Report of the Hyderabad Chloroform Commission
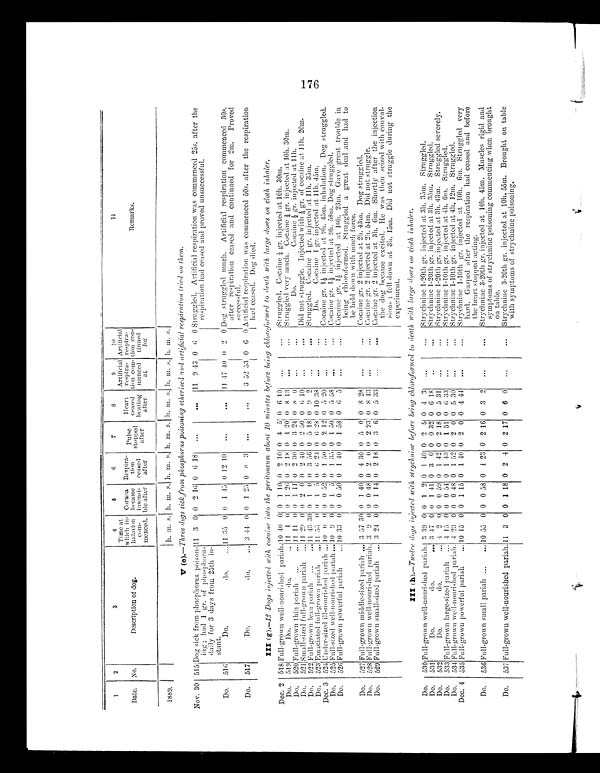
1
2
3
4
5 6
7
8
9
1 0
11
Date. No.
Description of dog.
Time at
which in-
halation
com-
menced.
Cornea
became
insensi-
ble after
Respira-
tion
ceased
after
Pulse s
t o p p e d a f t e r
Heart
ceased
beating
after
Artificial
respira-
tion con-
menced
at
Artificial
respira-
tion con-
tinned
for
Remarks.
1889.
h. m. s. hhh. m.
s . h . m. s h. m . s . h .
m. s. h. m. s. h. m.
s .
V ( e).—Three dogs sick from phosphorus poisoning etherised and artificial respiration tried on them.
Nov. 30 515 Dog sick from phosphorus poison-
ing ; had 1 gr. of phosph
o r u s d a i l y f o r 3 d a y s f r o m 2 5 t h i n -
stant.
11 3 0 0 2 16 0 6 18
. . .
. . . 11 9 43 0 6 0 Struggled. Artificial respiration was commenced 25s. after the
respiration had ceased and proved unsuccessful.
Do. 516
Do. do. . . 11 35 0 0 1 45 0 12 10
. . .
. . . 11 47 40 0 2 0 Dog struggled much. Artificial respiration commenced 30s.
after respiration ceased and continued for 2m. Proved
successful.
Do. 517
Do. do. . . 3 44 0 0 1 25 0 8 3
. . .
. . .
3 52 53 0 6 0 Artificial respiration was commenced 50s. after the respiration
had ceased. Dog died.
III ( g ).—12 Dogs injected with cocaine into the peritoneum about 10 minutes before being chloroformed to death with large doses on cloth inhaler.
Dec. 2 518 Full-grown well-nourished pariah. 1040 0 0 1 10 0 2 10 0 4 5 0 6 10
. . .
. . . Struggled. Cocaine ¼ gr. injected at 10h. 30m.
Do. 519
Do. do. . . 11 1 0 0 1 26 0 2 18 0 4 20 0 8 13
. . .
. . . struggled very much. Cocaine ¼ gr. injected at 10h. 30w.
Do. 520 Full-grown thin pariah
. . . 1111 0 0 1 11 0 2 30 0 3 24 0 8 0 . . .
. . .
Do. Cocaine ½s gr. injected at 11h.
Do. 521 S m a l l - s i z e d F u l l - g r o w n p a r i a h . . .
11 29 0 0 2 0 0 2 40 0 2 50 0 6 10
. . .
. . . Di d not s t r uggl e. I nj ect ed wi t h ¼ gr . of cocai ne at 11h. 20m.
Do. 522 F u l l - g r o w n
lean pariah
. . . 11 43 30 0 1 0 0 3 56 0 5 18 0 9 2
. . .
. . . Struggle. Cocaine 1 gr. injected at 11h. 35m.
Do. 523 Emaciated full-grown pariah . . . 11 55 0 0 1 5 0 6 24 0 6 28 0 10 38
. . .
. . .
Do. Cocaine 1 gr. injected zit 11h. 45m.
Dec. 3 524 Under-sized ill-nourished pariah . . . 10 0 0 0 0 52 0 1 50 0 2 12 0 5 20
. . .
. . . Cocaine gr. 1½ injected at 9h. 45m. inhalation. Dog struggled.
Do. 525 Full-sized well-nourished pariah ... 10 9 0 0 1 5 0 1 35 0 1 50 0 5 58
. . .
. . . Cocaine gr. 1½ injected at 9h. 58m. Dog struggled.
Do. 526 Full-grown powerful pariah . . . 10 33 0 0 0 50 0 1 40 0 1 58 0 6 5
. . .
. . . Cocaine gr. 1½ injected at 10h. 23m.Gave great. trouble in
being chloroformed. Struggled a great deal and had to
lie held down with much force.
Do. 527 Full-grown middle-sized pariah . . . 3 57 30 01 11 40 0 4 30 0 5 0 0 8 28
. . .
. . . Cocaine gr. 2 injected at 2h. 43m. Dog struggled.
Do. 528 Full-grown well-nourished pariah. 3 9 0 0 0 40 0 2 0 0 2 23 0 8 13
. . .
. . . Cocaine gr. 2 injected at 2h. 54m. Did not struggle.
Do. 529 Full-grown small-sized pariah . . . 3 24 0 0 1 14 0 2 18 0 3 6 0 5 33
. . .
. . . Cocaine gr. 2 injected at 3h. 6m. Shortly after the injection
the dog became excited. He was then seized with convul-
sions ; fell down at 3h. 15m. Did not struggle during the
experiment.
III ( h).—Twelre dogs injected with strychnine before being chlorof ormed t o
d e a t h w i t h l a r g e d o s e s o n
c l o t h i n h a l e r .
Do. 530 Full-grown well nourished pariah. 3 39 0 0 1 2 0 1 40 0 2 5 0 4 3
. . .
. . . Strychnine 1-20th gr. injected at 3h. 35m. Struggled.
Do. 531
Do. do. . . . 3 47 0 0 1 41 0 3 0 0 0 32 0 6 18
. . .
. . . Strychnine 1-20th gr. injected at 3h. 35m. Struggled.
Do. 532
Do. do. . . 4 2 0 0 0 59 0 1 42 0 2 18 0 5 31
. . .
. . . Strychnine 1-20th gr. injected at 3h. 43m. Struggled severely.
Do. 533 Full-grown large-sized pariah ... 4 15 0 0 0 54 0 1 43 0 1 51 0 6 33
. . .
. . . Strychnine 1-10th gr. injected at 4h. 6m. Struggled.
Do. 534 Full-grown well-nourished pariah. 4 23 0 0 0 48 0 1 52 0 2 0 0 5 30
. . .
. . . Strychnine 1-10th gr. injected at 4h. 12m. Struggled.
Dec. 4 535 Full-grown powerful pariah . . . 10 15 0 0 1 15 0 1 40 0 2 0 0 4 44
. . .
. . . Strychnine 1-10th gr. injected at 1011. 6m. Struggled very
hard. Gasped after the respiration had ceased and before
the heart stopped acting.
Do. 536 Full-grown small pariah
. . . 10 55 0 0 0 58 0 1 23 0 2 16 0 3 2
. . .
. . . Strychnine 3-20th gr. injected at 10h. 45m. Muscles rigid and
symptoms of strychnine poisoning commencing when brought
on table.
Do. 537 Full-grown well-nourished pariah. 11 3 0 0 1 18 0 2 4 0 2 17 0 6 0
. . .
. . . Strychnine 3-20th gr. injected at 10h. 55m. Brought on table
with symptoms of strychnine poisoning.